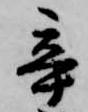
辛